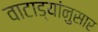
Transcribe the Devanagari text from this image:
वाटाड्यांनुसार